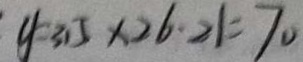
y = 3 1 5 \times 2 6 \cdot 2 1 = 7 0